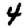
Digit: 4